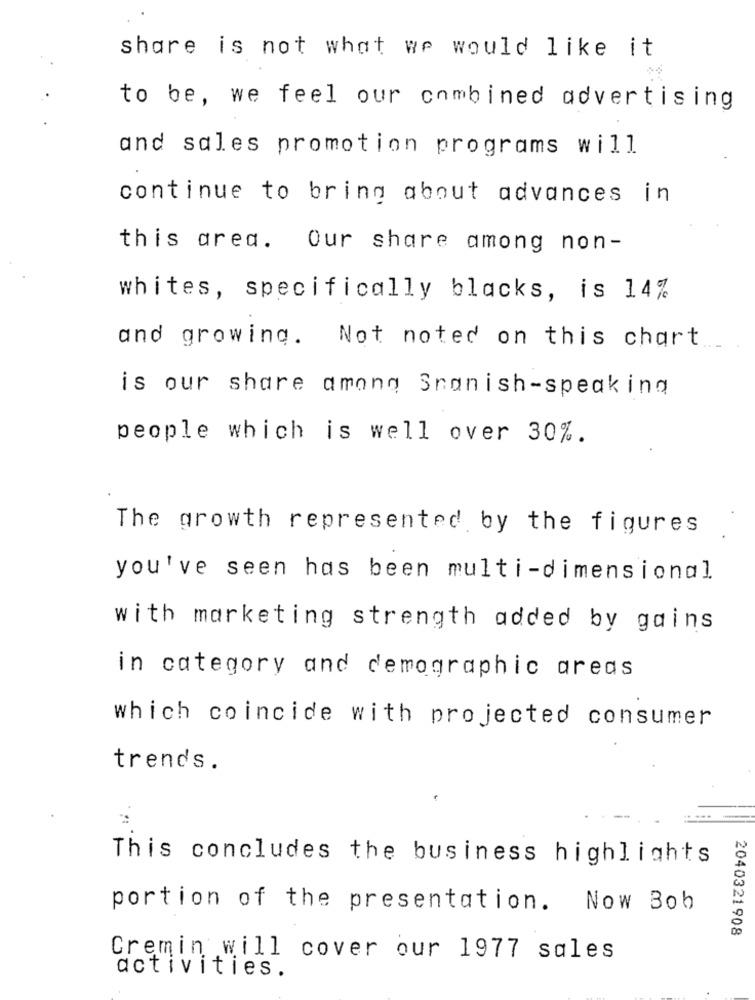
share is not what we would like it
to be, we feel our combined advertising
and sales promotion programs will
continue to bring about advances in
this area. Our share among non-
whites, specifically blacks, is 14%
and growing. Not noted on this chart
is our share among Snanish-speaking
people which is well over 30%.
The growth represented by the figures
you've seen has been multi-dimensional
with marketing strength added by gains
in category and demographic areas
which coincide with projected consumer
trends.
This concludes the business highlights
portion of the presentation. Now Bob
2040321908
Cremin will cover our 1977 sales
activities.